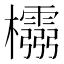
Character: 𭬵